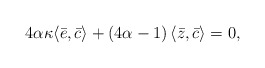
\begin{align*}4\alpha \kappa \langle \bar{e},\bar{c}\rangle+\left( 4\alpha-1\right)\langle \bar{z},\bar{c}\rangle=0, \end{align*}